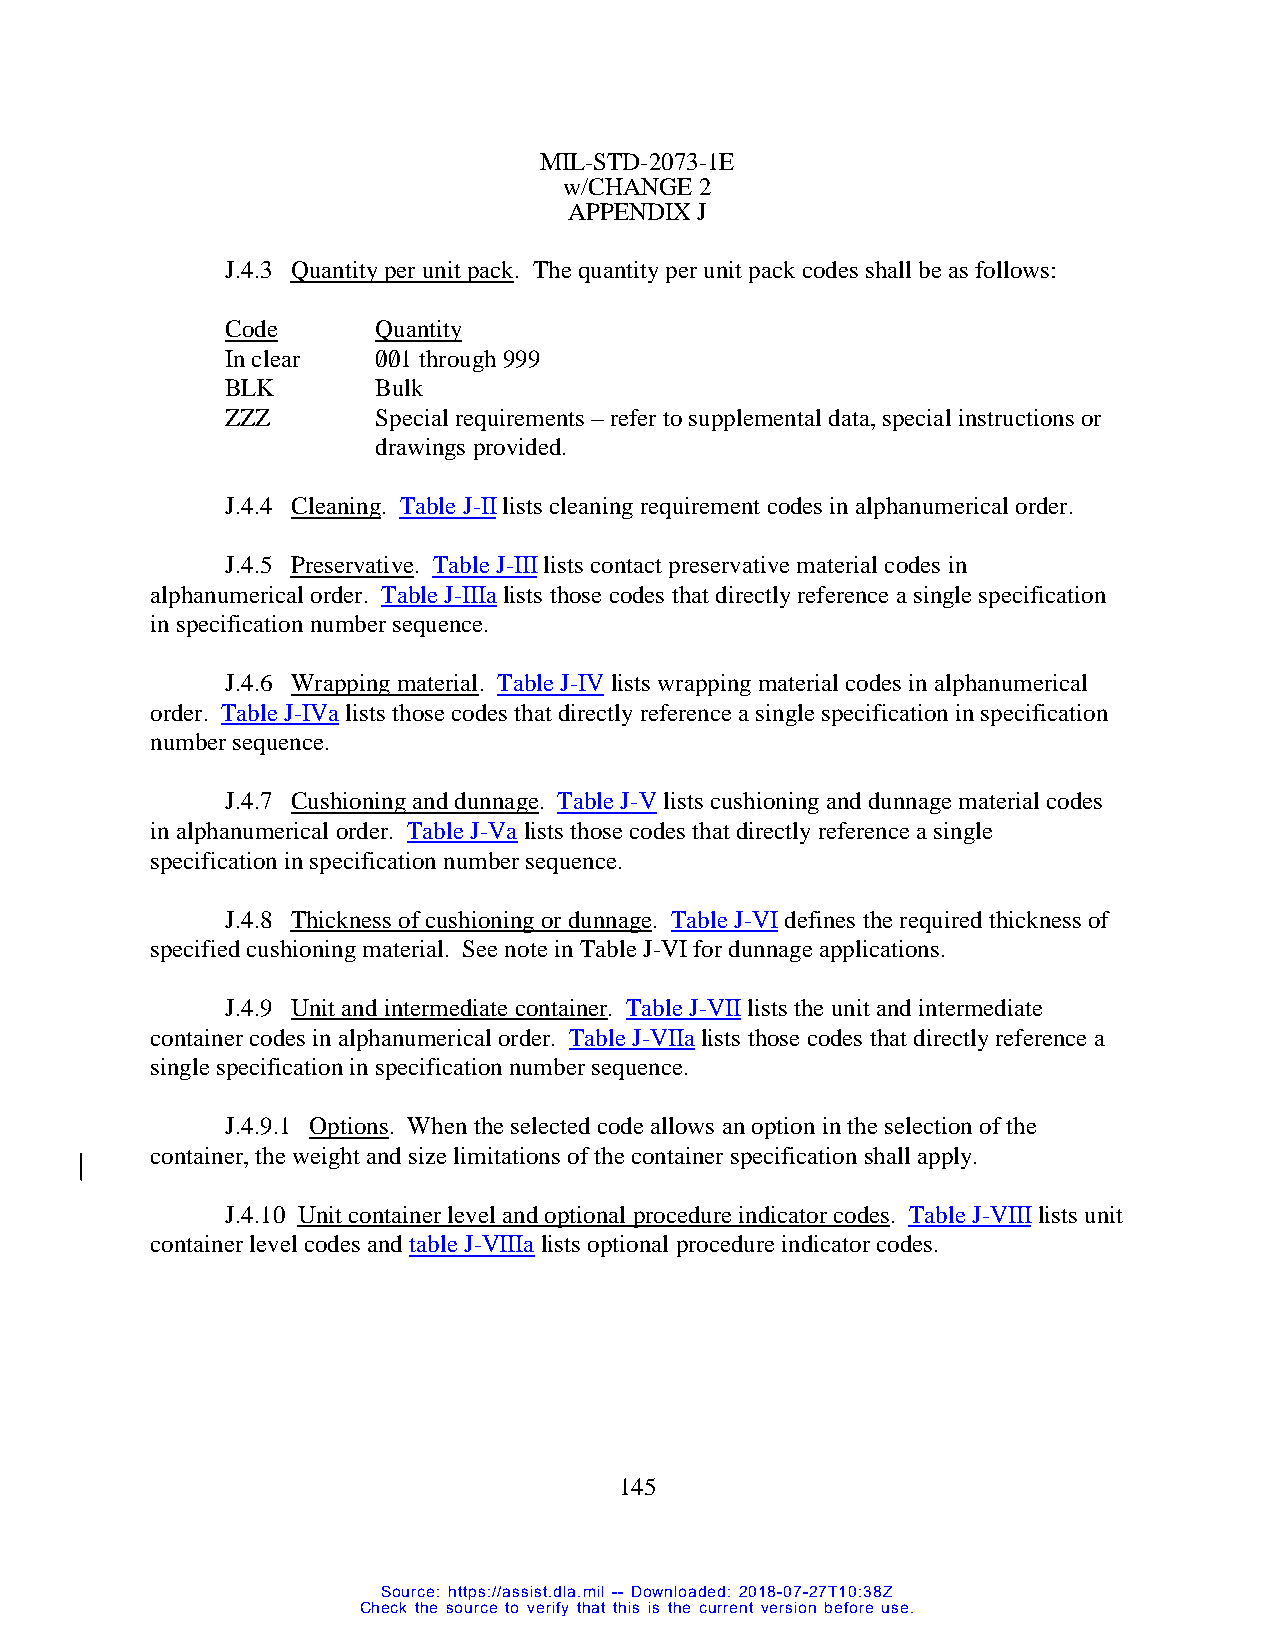
MIL-STD-2073-1E
 w/CHANGE 2
 APPENDIX J
 J.4.3 Quantity per unit pack. The quantity per unit pack codes shall be as follows:
 Code      Quantity
 In clear  0/0/1 through 999
 BLK       Bulk
 ZZZ       Special requirements – refer to supplemental data, special instructions or
 drawings provided.
 J.4.4 Cleaning. Table J-II lists cleaning requirement codes in alphanumerical order.
 J.4.5 Preservative. Table J-III lists contact preservative material codes in
 alphanumerical order. Table J-IIIa lists those codes that directly reference a single specification
 in specification number sequence.
 J.4.6 Wrapping material. Table J-IV lists wrapping material codes in alphanumerical
 order. Table J-IVa lists those codes that directly reference a single specification in specification
 number sequence.
 J.4.7 Cushioning and dunnage. Table J-V lists cushioning and dunnage material codes
 in alphanumerical order. Table J-Va lists those codes that directly reference a single
 specification in specification number sequence.
 J.4.8 Thickness of cushioning or dunnage. Table J-VI defines the required thickness of
 specified cushioning material. See note in Table J-VI for dunnage applications.
 J.4.9 Unit and intermediate container. Table J-VII lists the unit and intermediate
 container codes in alphanumerical order. Table J-VIIa lists those codes that directly reference a
 single specification in specification number sequence.
 J.4.9.1 Options. When the selected code allows an option in the selection of the
 container, the weight and size limitations of the container specification shall apply.
 J.4.10 Unit container level and optional procedure indicator codes. Table J-VIII lists unit
 container level codes and table J-VIIIa lists optional procedure indicator codes.
 145
 Source: https://assist.dla.mil -- Downloaded: 2018-07-27T10:38Z
 Check the source to verify that this is the current version before use.